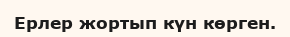
Ерлер жортып күн көрген.